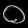
Digit: ၀